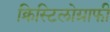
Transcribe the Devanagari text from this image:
क्रिस्टिलोग्राफी